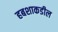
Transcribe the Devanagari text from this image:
हबशाकडील